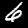
Digit: 6